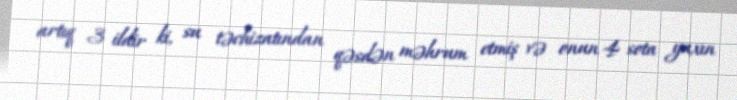
artıq 3 ildir ki, su təchizatından qəsdən məhrum etmiş və onun 4 sota yaxın